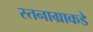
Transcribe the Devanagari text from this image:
स्तनाग्राकडे